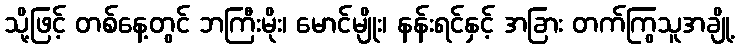
သို့ဖြင့် တစ်နေ့တွင် ဘကြီးမိုး၊ မောင်မျိုး၊ နန်းရင်နှင့် အခြား တက်ကြွသူအချို့